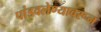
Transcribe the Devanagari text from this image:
पांडवलेण्यावरून